Leaving Certificate Examination, 1916
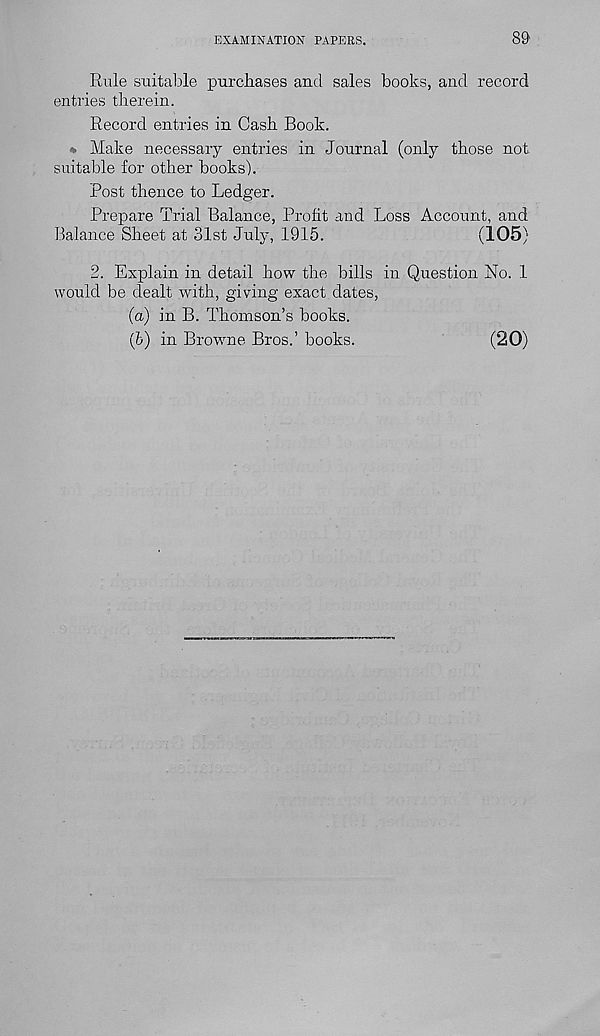
EXAMINATION PAPERS.
8&
Rule suitable purchases and sales books, and record
entries therein.
Record entries in Cash Book.
* Make necessary entries in Journal (only those not
suitable for other books).
Post thence to Ledger.
Prepare Trial Balance, Profit and Loss Account, and
Balance Sheet at 31st July, 1915.
(105)
2. Explain in detail how the bills in Question No. 1
would be dealt with, giving exact dates,
(a) in B. Thomson’s books.
(b) in Browne Bros.’ books.
(20)